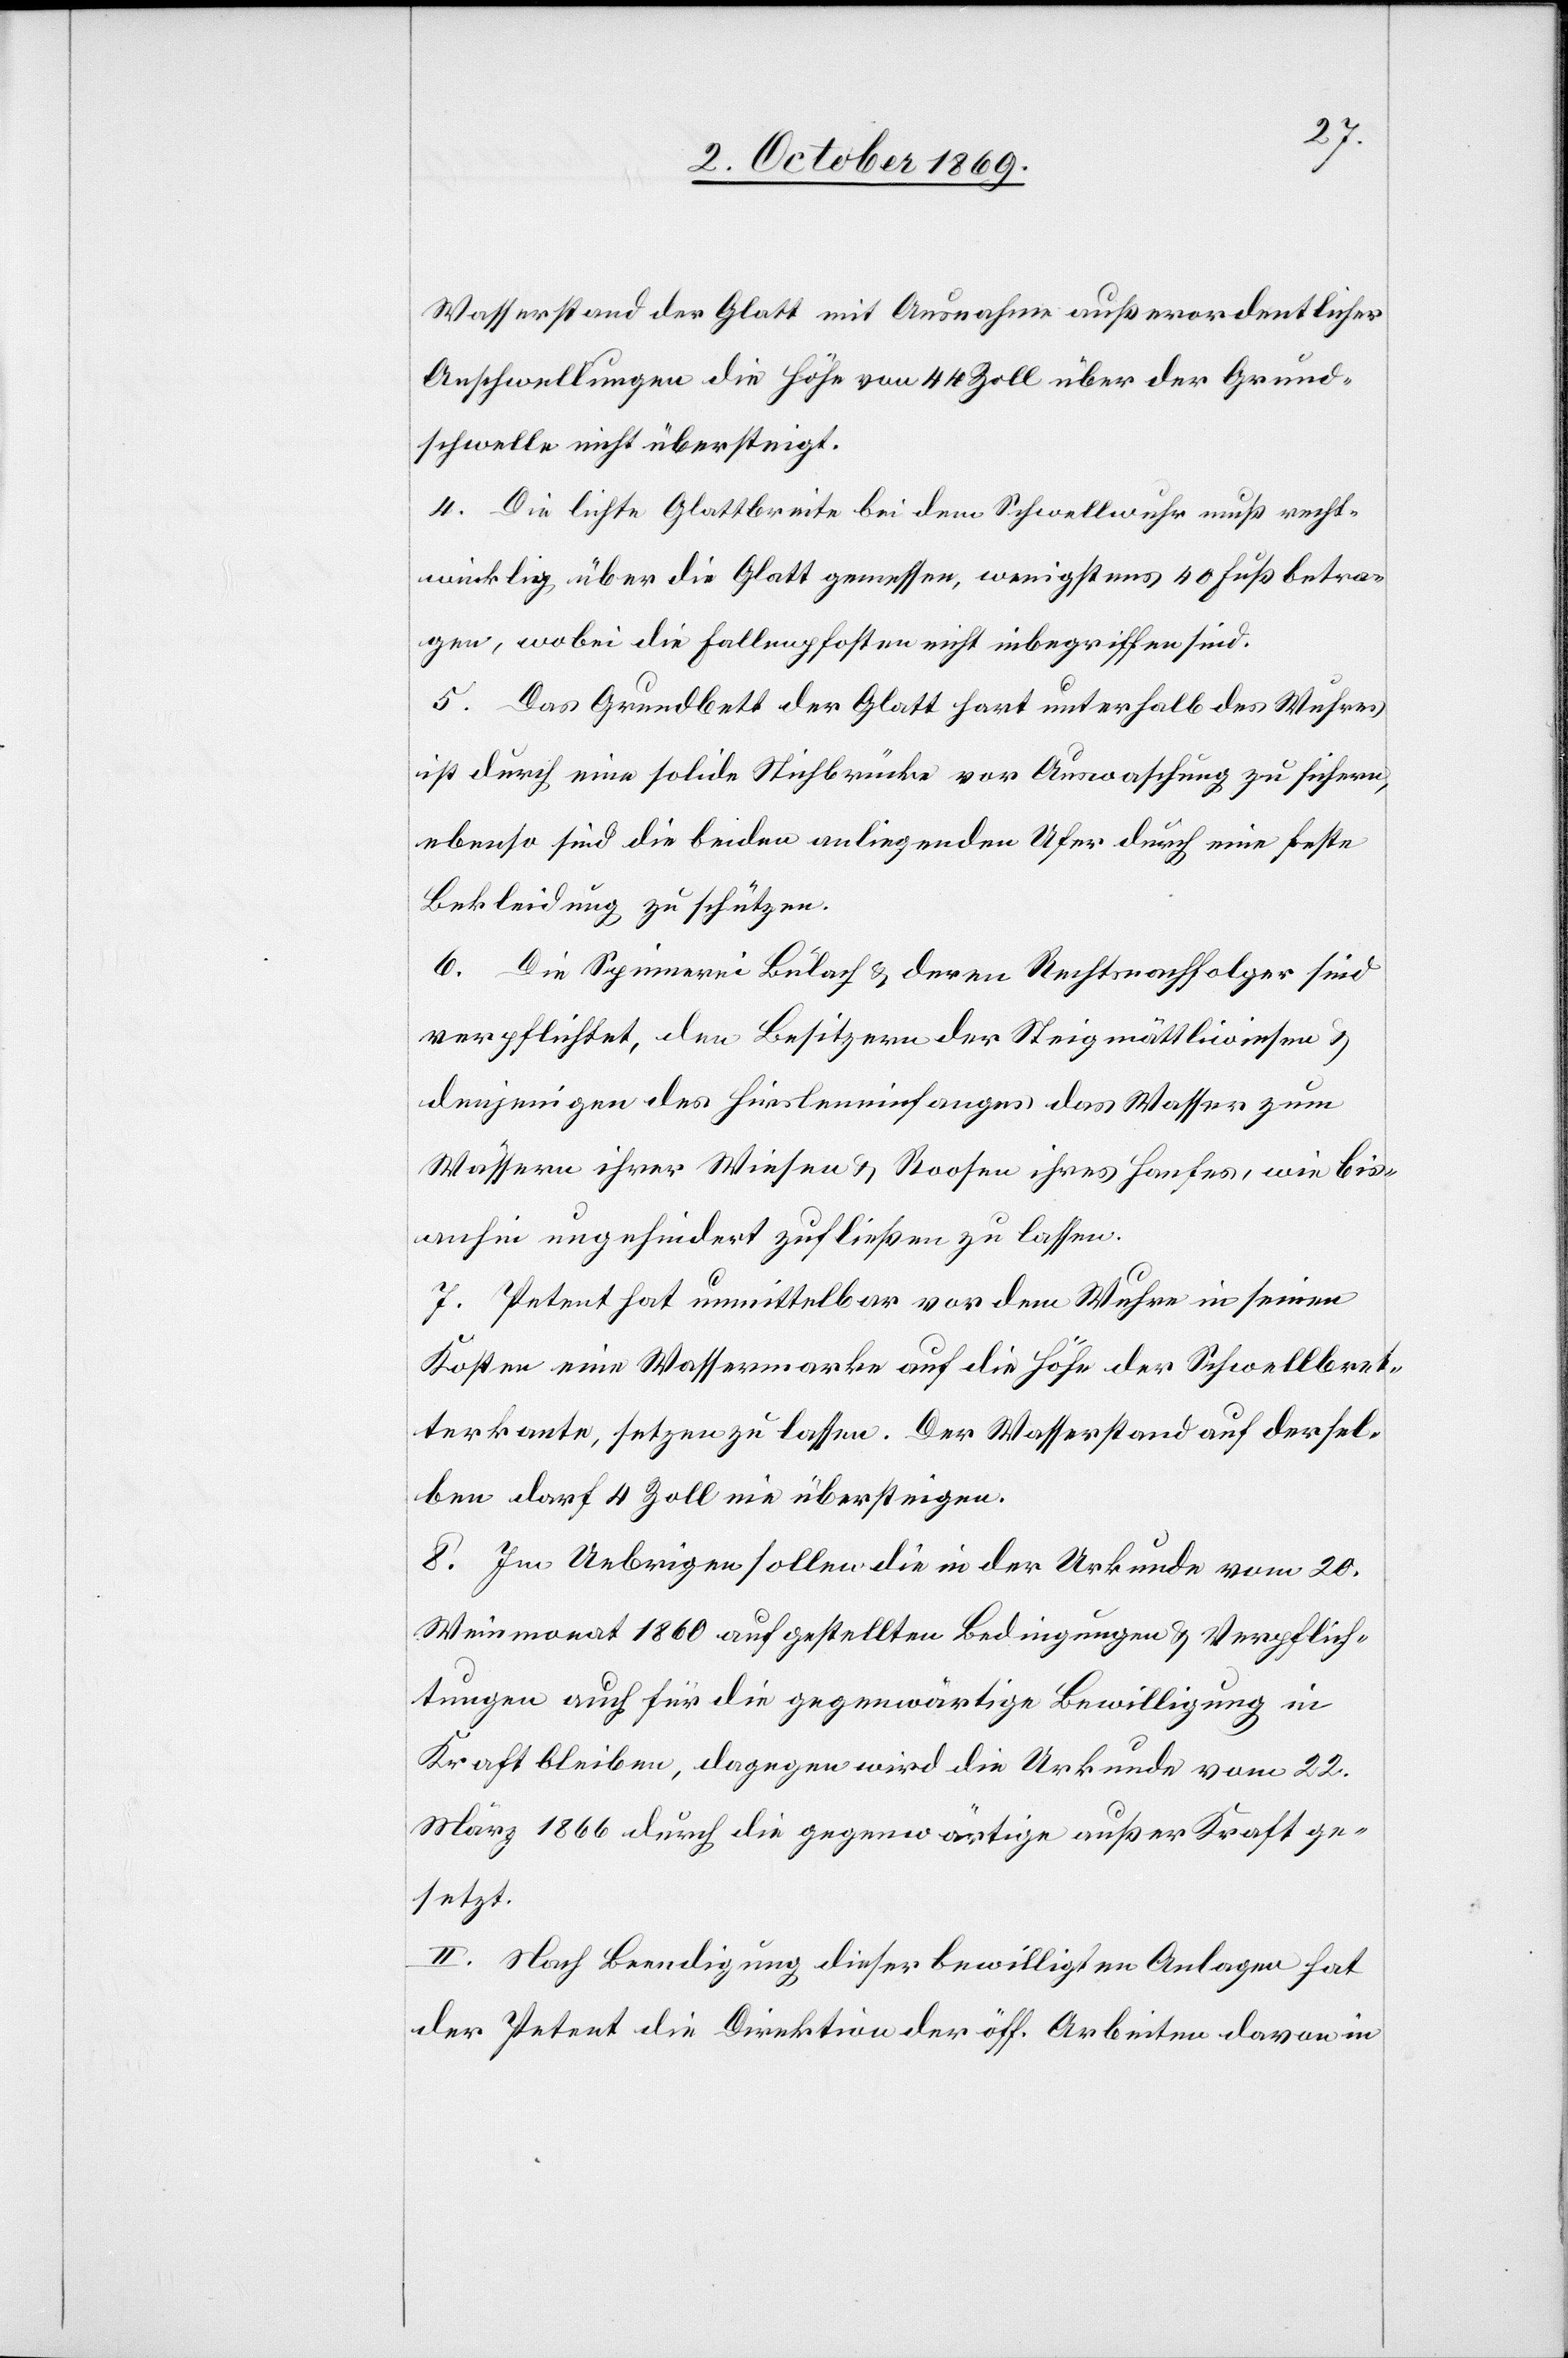
Wasserstand der Glatt mit Ausnahme außerordentlicher
Anschwellungen die Höhe von 44 Zoll über der Grund¬
schwelle nicht übersteigt.
4. Die lichte Glattbreite bei dem Schwellwuhr muß recht¬
winklig über die Glatt gemessen, wenigstens 40 Fuß betra¬
gen, wobei die Fallenpfosten nicht inbegriffen sind.
5. Das Grundbett der Glatt hart unterhalb des Wuhres
ist durch eine solide Stichbrücke vor Auswaschung zu sichern,
ebenso sind die beiden anliegenden Ufer durch eine feste
Bekleidung zu schützen.
6. Die Spinnerei Bülach & deren Rechtsnachfolger sind
verpflichtet, den Besitzern der Steigmättliwiesen &
denjenigen des Hirsleneinfanges das Wasser zum
Wässern ihrer Wiesen & Roosen ihres Hanfes, wie bis¬
anhin ungehindert zufließen zu lassen.
7. Petent hat unmittelbar vor dem Wuhre in seinen
Kosten eine Wassermarke auf die Höhe der Schwellbret¬
terkante, setzen zu lassen. Der Wasserstand auf dersel¬
ben darf 4 Zoll nie übersteigen.
8. Im Uebrigen sollen die in der Urkunde vom 20.
Weinmonat 1860 aufgestellten Bedingungen & Verpflich¬
tungen auch für die gegenwärtige Bewilligung in
Kraft bleiben, dagegen wird die Urkunde vom 22.
März 1866 durch die gegenwärtige außer Kraft ge¬
setzt.
II. Nach Beendigung dieser bewilligten Anlagen hat
der Petent die Direktion der öff. Arbeiten davon in